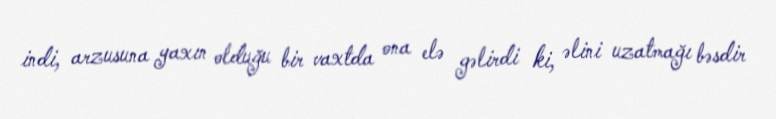
indi, arzusuna yaxın olduğu bir vaxtda ona elə gəlirdi ki, əlini uzatmağı bəsdir